Lunatic asylums Central Provinces reports 1886-1894 - 1886-1894
Year: 1886
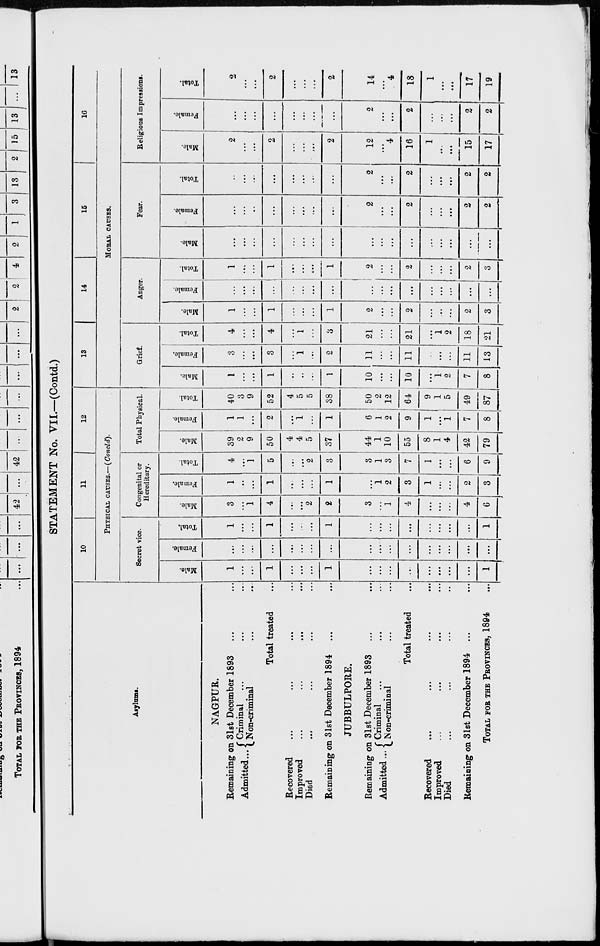
STATEMENT No. VII.—(Contd.)
Asylums.
NAGPUR.
Remaining on 31st December 1893 ... ...
Admitted ... Criminal ... ... ...
Non-criminal ... ...
Total treated ...
Recovered ... ... ... ...
Improved
...
...
...
...
Died
...
...
...
...
Remaining on 31st December 1894 ... ...
JUBBULPORE.
Remaining on 31st December 1893 ... ...
Admitted ... Criminal ... ...
Non-criminal ... ...
Total treated ...
Recovered
...
...
...
...
Improved
...
...
...
...
Died
...
...
...
...
Remaining on 31st December 1894 ... ...
TOTAL FOR THE PROVINCES, 1894 ...
10
11
12
PHYSICAL CAUSES.—(Concld).
Secret vice.
Male.
1
...
...
1
...
...
...
1
...
...
...
...
...
...
...
...
1
Female.
...
...
...
...
...
...
...
...
...
...
...
...
...
...
...
...
...
Total.
1
...
...
1
...
...
...
1
...
...
...
...
...
...
...
...
1
Congenital or
Hereditary.
Male.
3
...
1
4
...
...
2
2
3
...
1
4
...
...
...
4
6
Female.
1
...
...
1
...
...
...
1
...
1
2
3
1
...
...
2
3
Total.
4
...
1
5
...
...
2
3
3
1
3
7
1
...
...
6
9
Total Physical.
Male.
39
2
9
50
4
4
5
37
44
1
10
55
8
1
4
42
79
Female.
1
1
...
2
...
1
...
1
6
1
2
9
1
...
1
7
8
Total.
40
3
9
52
4
5
5
38
50
2
12
64
9
1
5
49
87
13
14
15
16
MORAL CAUSES.
Grief.
Male.
1
...
...
1
...
...
...
1
10
...
...
10
...
1
2
7
8
Female.
3
...
...
3
...
1
...
2
11
...
...
11
...
...
...
11
13
Total.
4
...
...
4
...
1
...
3
21
...
...
21
...
1
2
18
21
Anger.
Male.
1
...
...
1
...
...
...
1
2
...
...
2
...
...
...
2
3
Female.
...
...
...
...
...
...
...
...
...
...
...
...
...
...
...
...
...
Total.
1
...
...
1
...
...
...
1
2
...
...
2
...
...
...
2
3
Fear.
Male.
...
...
...
...
...
...
...
...
...
...
...
...
...
...
...
...
...
Female.
...
...
...
...
...
...
...
...
2
...
...
2
...
...
...
2
2
Total.
...
...
...
...
...
...
...
...
2
...
...
2
...
...
...
2
2
Religious Impressions.
Male.
2
...
...
2
...
...
...
2
12
...
4
16
1
...
...
15
17
Female.
...
...
...
...
...
...
...
...
2
...
...
2
...
...
...
2
2
Total.
2
...
...
2
...
...
...
2
14
...
4
18
1
...
...
17
19